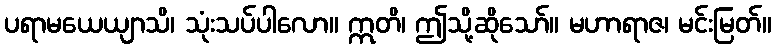
ပရာမယေယျာသိ၊ သုံးသပ်ပါလော။ ဣတိ၊ ဤသို့ဆိုသော်။ မဟာရာဇ၊ မင်းမြတ်။